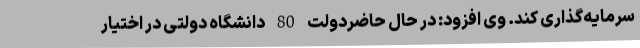
سرمایه‌گذاری کند. وی افزود: در حال حاضردولت 80 دانشگاه دولتی در اختیار